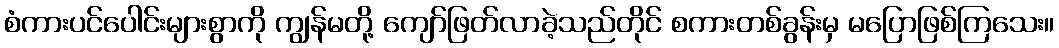
စံကားပင်ပေါင်းများစွာကို ကျွန်မတို့ ကျော်ဖြတ်လာခဲ့သည်တိုင် စကားတစ်ခွန်းမှ မပြောဖြစ်ကြသေး။